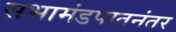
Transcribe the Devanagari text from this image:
सभामंडपातनंतर